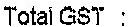
TOTAL GST :